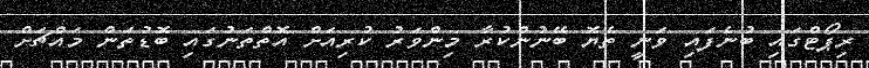
ރިޕޯޓްގައި ބުނެފައި ވަނީ ތެޔޮ ބޭނުންކުރާ މިންވަރު ކުރިއަށް އޮތްތަނުގައި ބޮޑުތަން މައްޗަށް